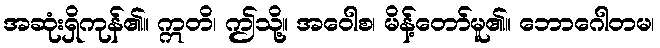
အဆုံးရှိကုန်၏။ ဣတိ၊ ဤသို့။ အဝေါစ၊ မိန့်တော်မူ၏။ ဘောဂေါတမ၊